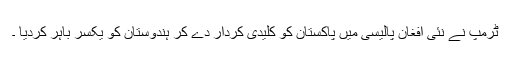
ٹرمپ نے نئی افغان پالیسی میں پاکستان کو کلیدی کردار دے کر ہندوستان کو یکسر باہر کردیا ۔